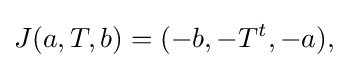
\displaystyle {J(a,T,b)=(-b,-T^{t},-a),}